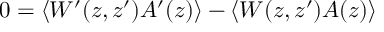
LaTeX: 0 = \langle W ^ { \prime } ( z , z ^ { \prime } ) A ^ { \prime } ( z ) \rangle - \langle W ( z , z ^ { \prime } ) A ( z ) \rangle